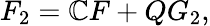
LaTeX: F_{2}=\mathbb{C}F+QG_{2},